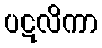
ပဋလိကာ